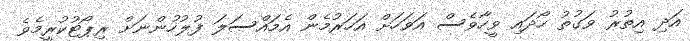
އަދި އިތުރު ވަގުތު ހޯދައި ވީހާވެސް އަވަހަށް އަހަރުމެން އެމައްސަލަ ފުލުހުންނަށް ރިޕޯޓުކުރީމެވެ